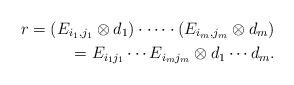
LaTeX: \begin{align*}r=(E_{i_1,j_1}\otimes d_1)\cdot\dots\cdot (E_{i_m,j_m}\otimes d_m)\\=E_{i_1j_1}\cdots E_{i_mj_m}\otimes d_1\cdots d_m.\end{align*}